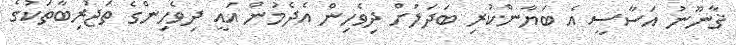
ޤާނޫނު އަސާސީ އެ ބަޔާންކުރި ބަދަލަށް ދިވެހިން އެދެމުން އައީ ދިވެހިންގެ ތަޖުރިބާތަކުގެ